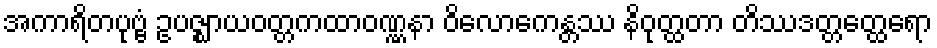
အကာရိတပုဗ္ဗံ ဥပဇ္ဈာယဝတ္တကထာဝဏ္ဏနာ ဝိလောကေန္တဿ နိဝုတ္ထတာ တိဿဒတ္တတ္ထေရော